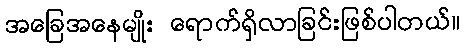
အခြေအနေမျိုး ရောက်ရှိလာခြင်းဖြစ်ပါတယ်။